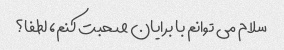
سلام می توانم با برایان صحبت کنم، لطفا؟